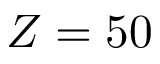
Z = 5 0